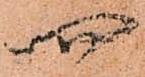
四